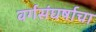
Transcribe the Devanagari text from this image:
वर्गसंघर्षाचा